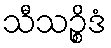
သီသဉ္စိဒံ